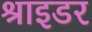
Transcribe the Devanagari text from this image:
श्राइडर